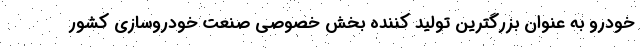
خودرو به عنوان بزرگترین تولید کننده بخش خصوصی صنعت خودروسازی کشور